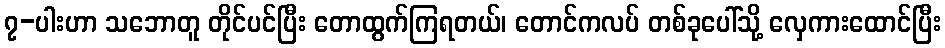
၇-ပါးဟာ သဘောတူ တိုင်ပင်ပြီး တောထွက်ကြရတယ်၊ တောင်ကလပ် တစ်ခုပေါ်သို့ လှေကားထောင်ပြီး